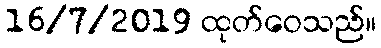
16/7/2019 ထုတ်ဝေသည်။